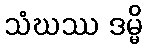
သံဃဿ ဒမ္မိ